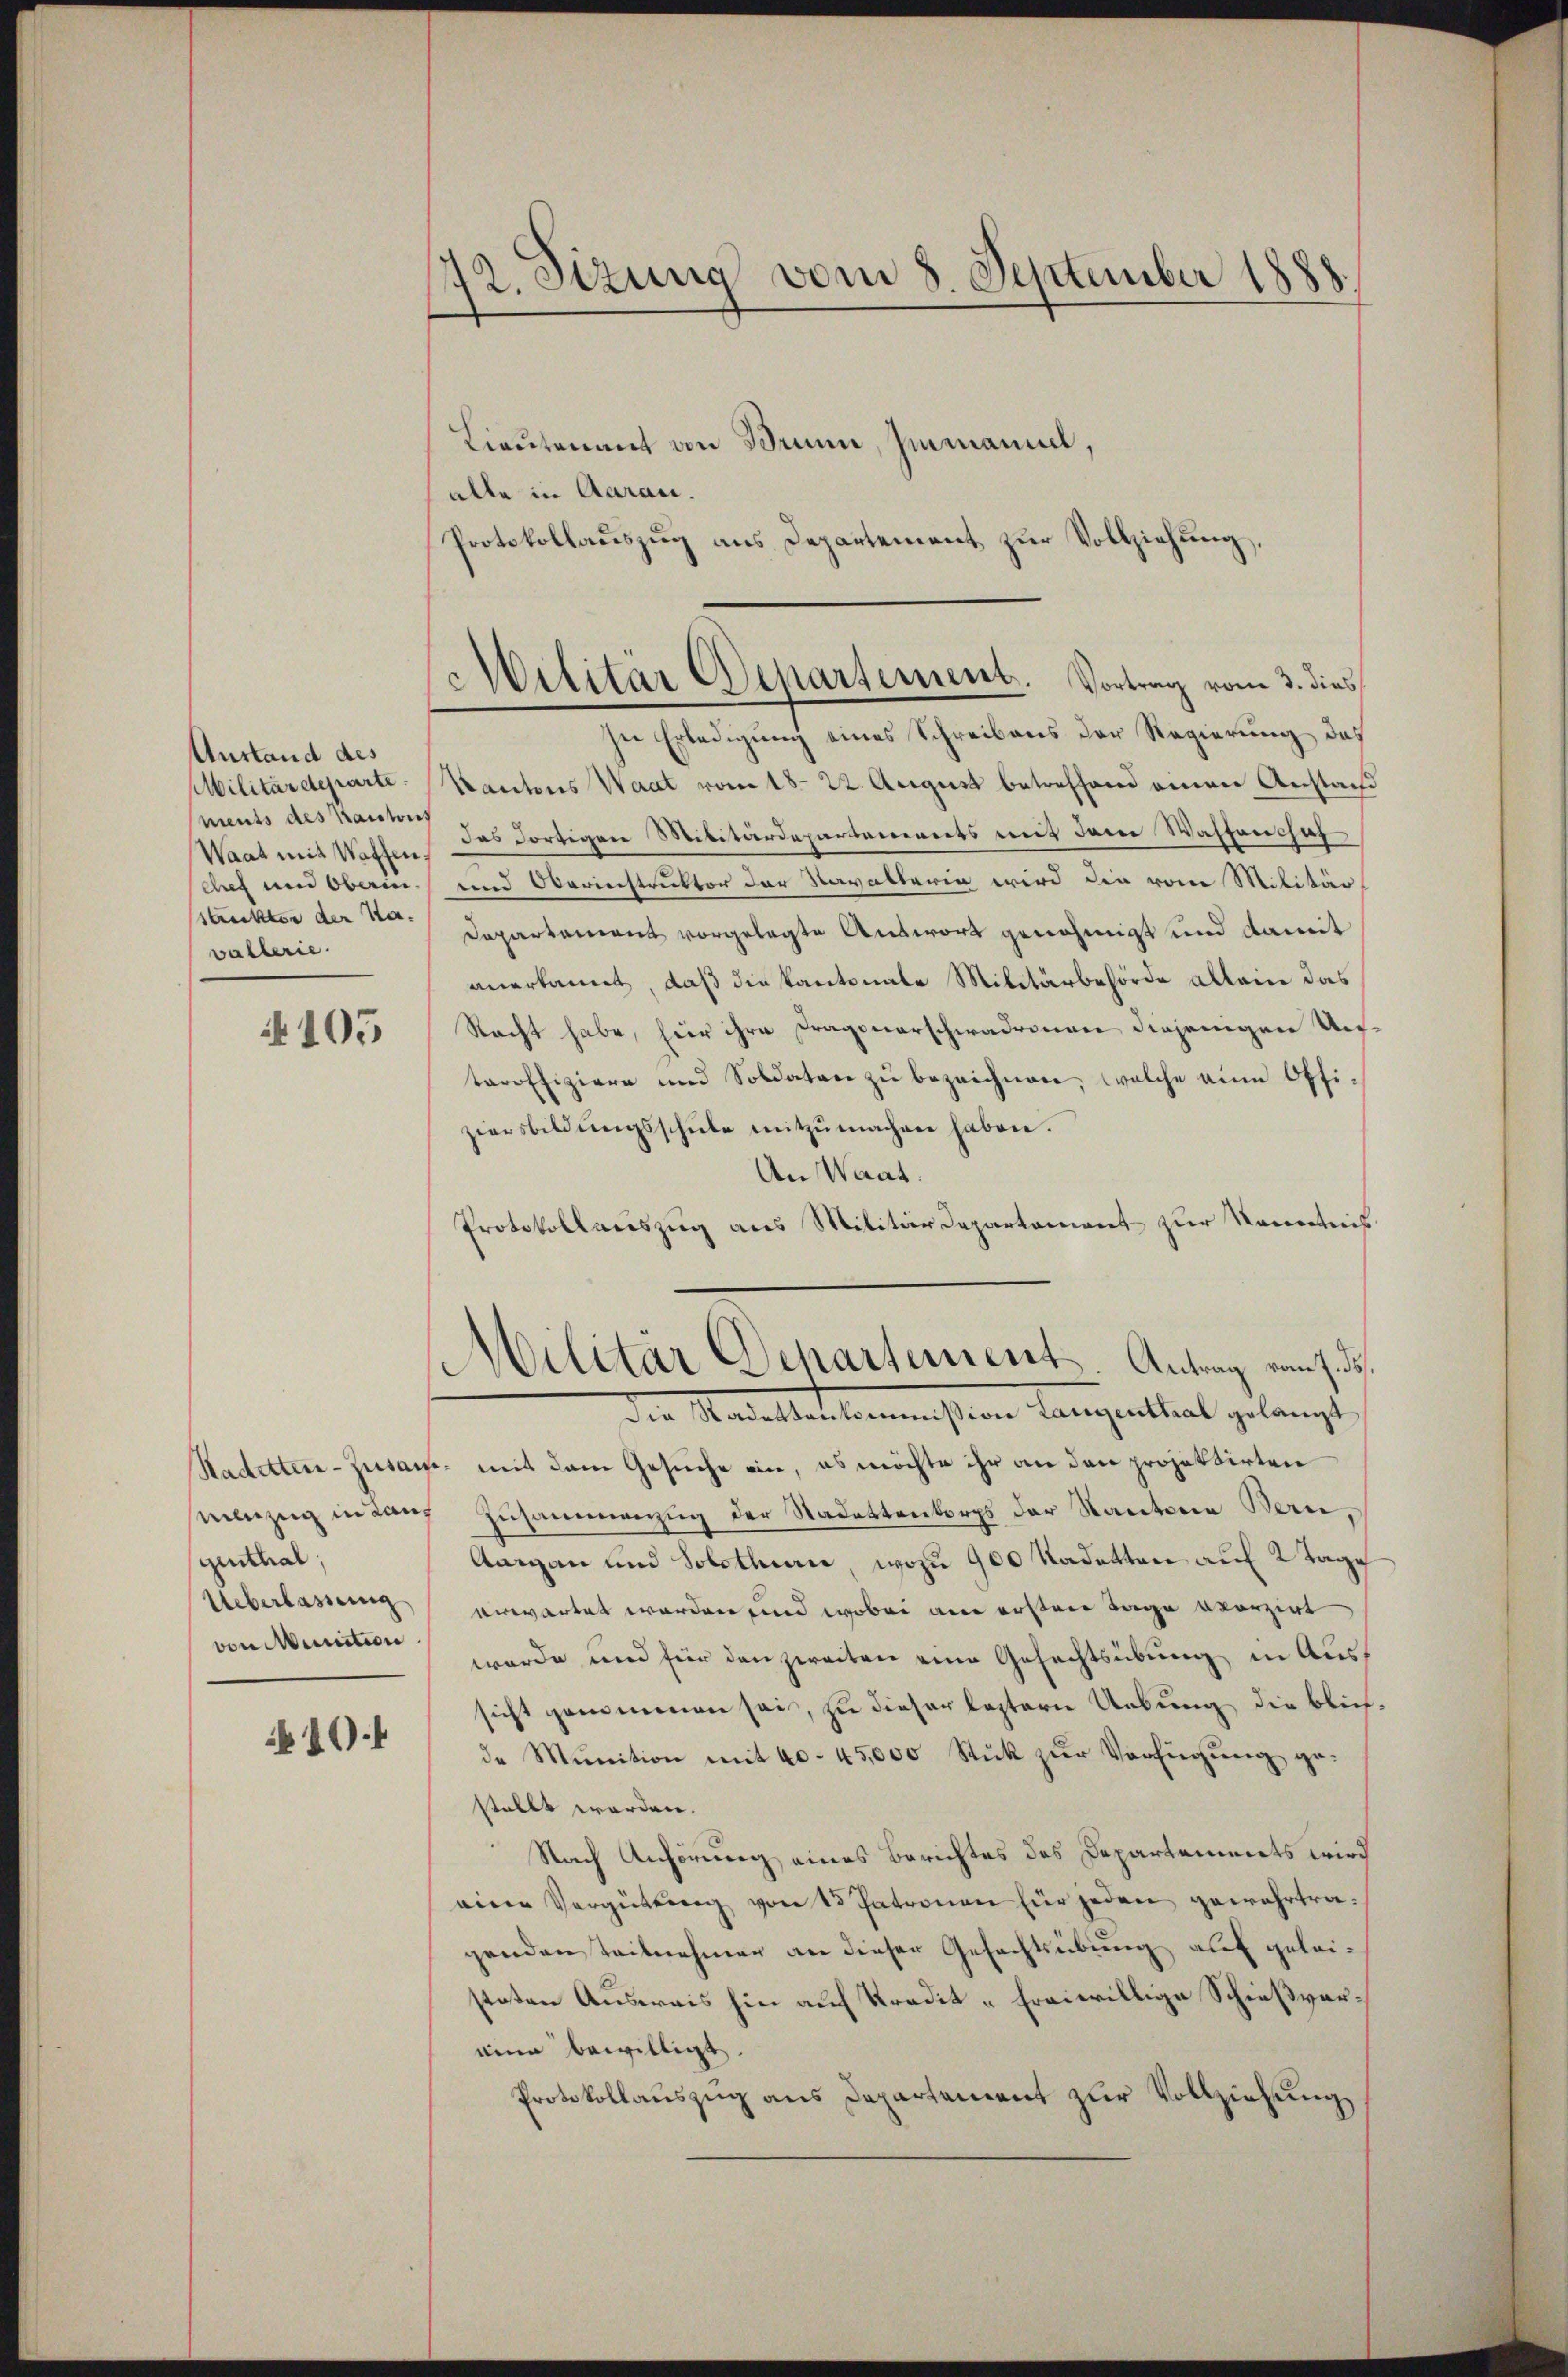
Ausland des
Militärdeparte
ments des Kantons
Waat mit Waffen
chet und Oberin
Sankter der Havallerie.

105

Lieutenant von Brunn, Immann,
alle in Aarau.
Protokollauszug aus Departement zur Vollziehung,

qenthal,
Ueberlassung
von Munition

104

172. Sizung vom 8. September 1888.

Militär Departement. Vortrag vom 3. dies

Militär Departement Antrag vom 7. ds.
die Nadettenkommission Langenthal gelangt

sie Erledigung eines Schreibens der Regierung, daß
Kantons Waat vom 18. 22. August betreffend einen Anstand
das dortigen Militärdepartements mit dem Wassenschaf
und Oberinstruktor der Navaltaria wird die vom Militär
Departement vorgelegte Antwort genehmigt und damit
anerkannt, daß die Kantonale Militärbehörde allein das
Nacht habe, für ihre Fragenerschwadronen diejenigen Untaroffiziere und Soldaten zŭ bezeichnen, welche eine Offiziersbildŭngsschŭle mitzumachen haben.
An Waat:
Protokollweiszug aus Militärdepartement zur Kenntnis
Sadetten-Zusam- mit dem Gesuche ein, es möchte ihr an den projektirten
enzug in den Zusammenzug der Nadettenbergs der Kantone Bern,
Aargau und Solothurn, wozu 900 Kadetten auf 2 Tage
erwartet werden und wobei an ersten Tage vorzirt
wurde und für den zweiten eine Gefechtsübung in Aussicht genommenen sei, zu dieser leztern Uebung die bliede Munition mit 40. 45,000 Stük zur Verfügung gestellt werden.
Nach Anhörung eines Berichtes des Departements wird
eine Vergütung von 15 Patronen für jeden gewahrtragenden Teilnehmer an dieser Gefechtsübung auf geleisteten Ausweis hin auf Kredit - freiwillige Schießvereine bewilligt.
Protokollauszug aus Departement zur Vollziehung